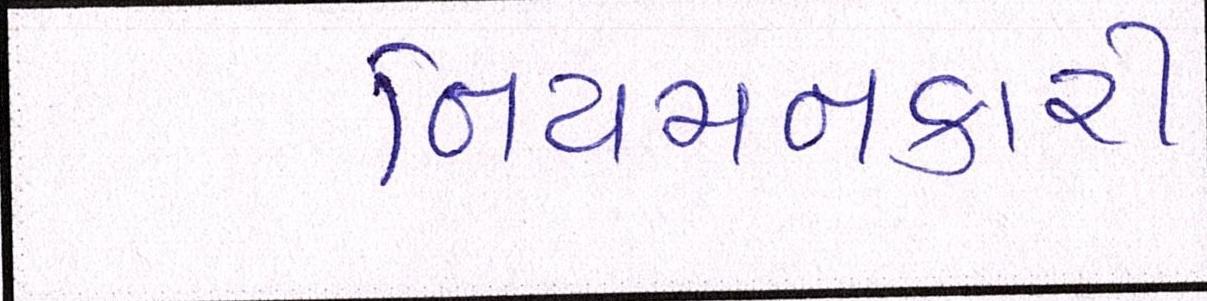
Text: નિયમનકારી